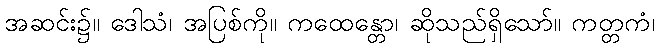
အဆင်း၌။ ဒေါသံ၊ အပြစ်ကို။ ကထေန္တော၊ ဆိုသည်ရှိသော်။ ကတ္တကံ၊